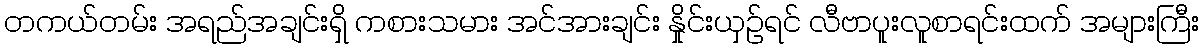
တကယ်တမ်း အရည်အချင်းရှိ ကစားသမား အင်အားချင်း နှိုင်းယှဉ်ရင် လီဗာပူးလူစာရင်းထက် အများကြီး